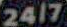
2417